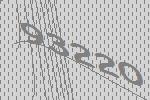
93220